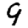
Digit: 9